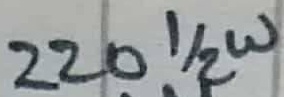
Text: 220Ω 1/2W